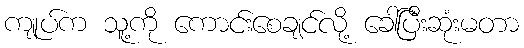
ကျုပ်က သူ့ကို ကောင်းစေချင်လို့ ခေါ်ပြီးဆုံးမတာ